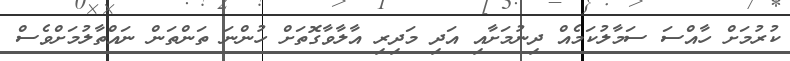
ކުރުމަށް ހާއްސަ ސަމާލުކަމެއް ދިނުމަށާއި އަދި މަދިިރި އާލާވާގޮތަށް ހުންނަ ތަންތަން ނައްތާލުމަށްވެސް